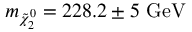
m _ { \tilde { \chi } _ { 2 } ^ { 0 } } = 2 2 8 . 2 \pm 5 \mathrm { \ G e V ~ }